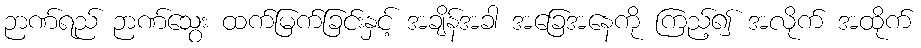
ဉာဏ်ရည် ဉာဏ်သွေး ထက်မြက်ခြင်းနှင့် အချိန်အခါ အခြေအနေကို ကြည့်၍ အလိုက် အထိုက်